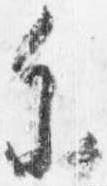
参